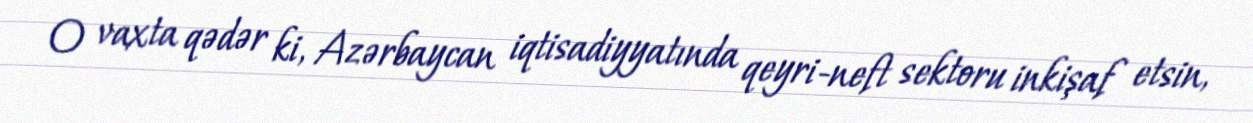
O vaxta qədər ki, Azərbaycan iqtisadiyyatında qeyri-neft sektoru inkişaf etsin,